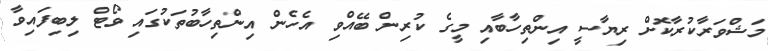
މަޝްވަރާކުރާކޮށް ރިޔާސީ އިންތިހާބާއި މީގެ ކުރިން ބޭއްވި އެހެން އިންތިހާބުތަކުގައި ވޯޓް ލިބިފައިވާ